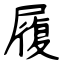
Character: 履